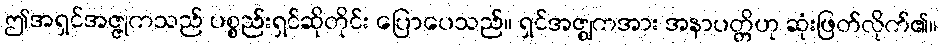
ဤအရှင်အဇ္ဇုကသည် ပစ္စည်းရှင်ဆိုတိုင်း ပြောပေသည်။ ရှင်အဇ္ဈကအား အနာပတ္တိဟု ဆုံးဖြတ်လိုက်၏။